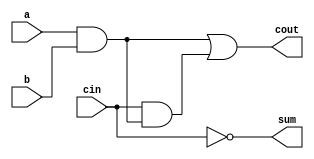
module full_adder1(a,b,cin,sum,cout);
input a,b,cin;
output sum,cout;
assign sum = 1'b1^cin;
assign cout = a&b|cin&(a&b); 
// initial begin
//     $display("The incorrect adder with xor0 and xor1 having out/1 and in1/1");
// end   
endmodule